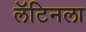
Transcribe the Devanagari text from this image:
लॅटिनला